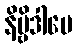
နိဗ္ဗိဒါပေ